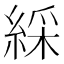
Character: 綵